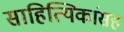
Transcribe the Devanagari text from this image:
साहित्यिकांसह